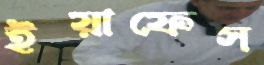
ইয়াফেস